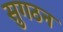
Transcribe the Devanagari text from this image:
सुगठन